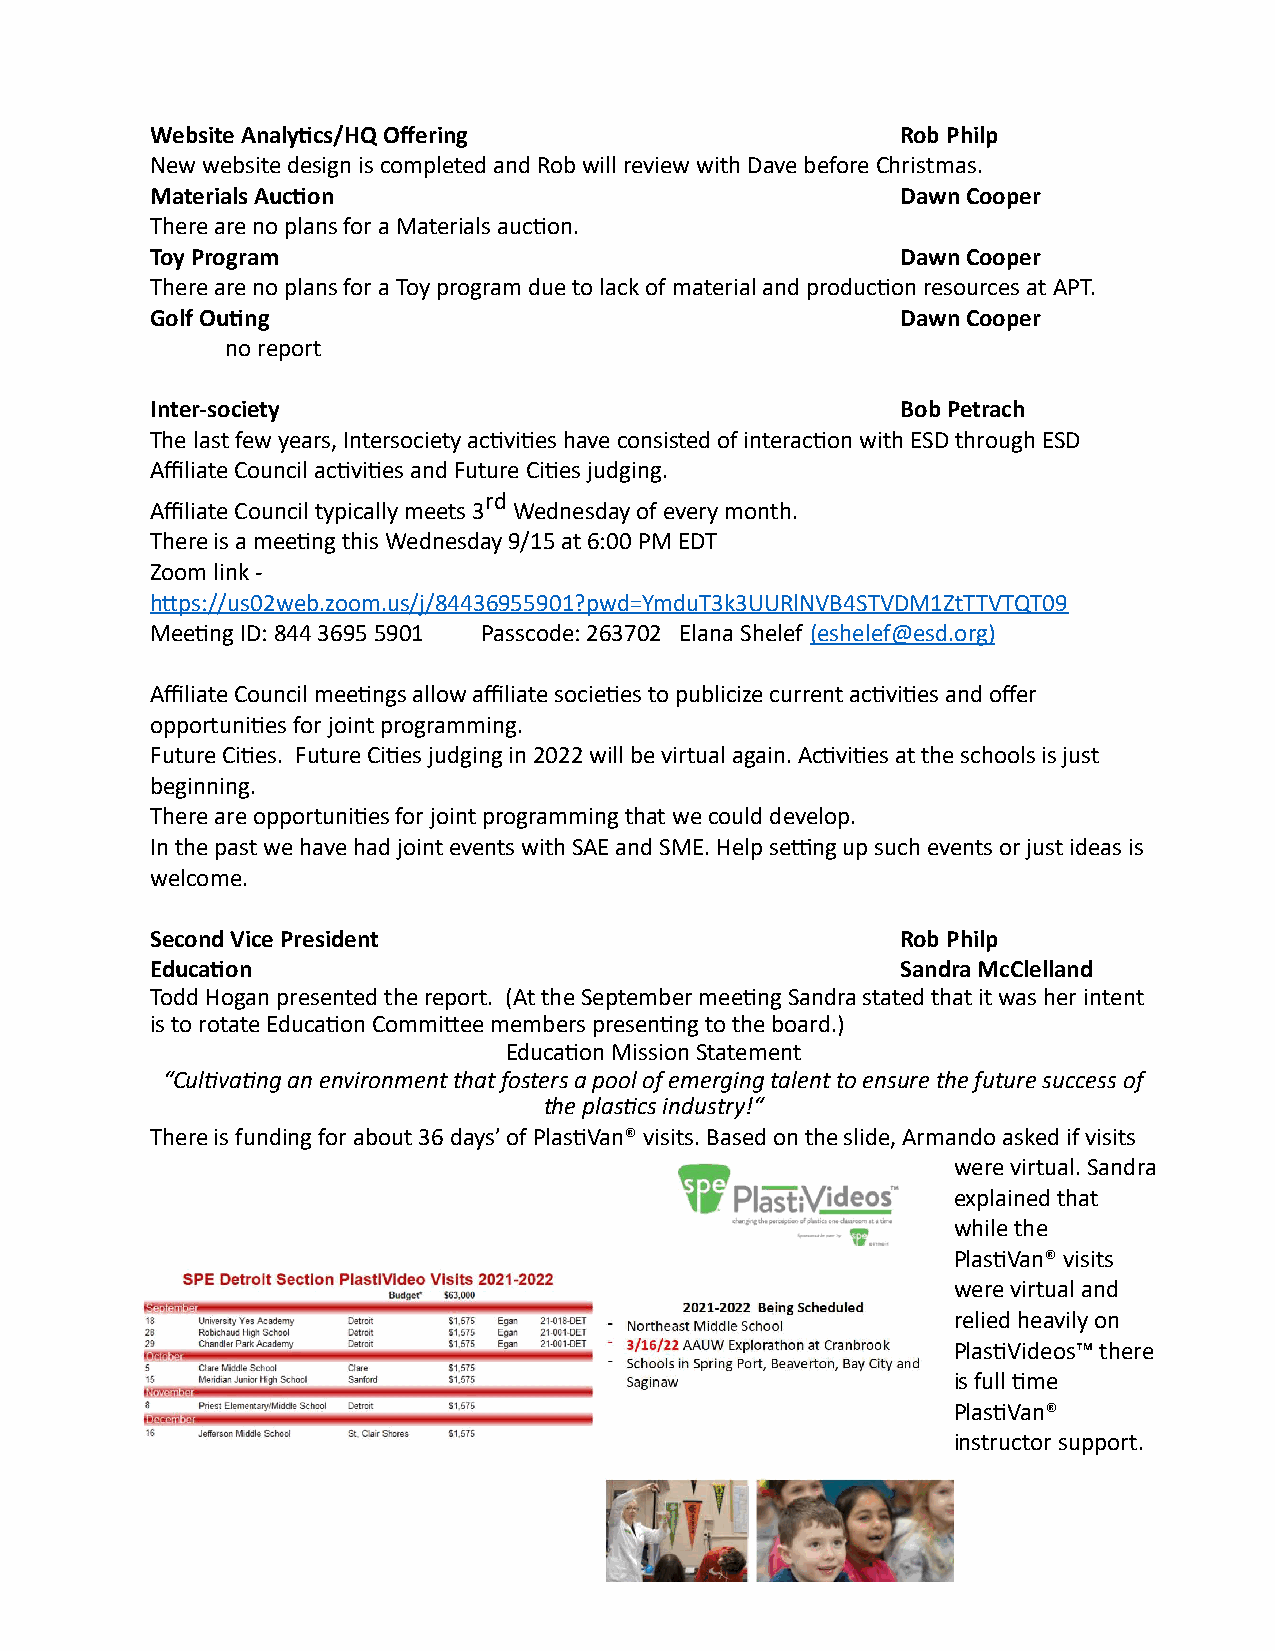
Website Analytics/HQ Offering                     Rob Philp
 New website design is completed and Rob will review with Dave before Christmas.
 Materials Auction                                 Dawn Cooper
 There are no plans for a Materials auction.
 Toy Program                                       Dawn Cooper
 There are no plans for a Toy program due to lack of material and production resources at APT.
 Golf Outing                                       Dawn Cooper
 no report
 Inter-society                                     Bob Petrach
 The last few years, Intersociety activities have consisted of interaction with ESD through ESD
 Affiliate Council activities and Future Cities judging.
 rd
 Affiliate Council typically meets 3 Wednesday of every month.
 There is a meeting this Wednesday 9/15 at 6:00 PM EDT
 Zoom link -
 https://us02web.zoom.us/j/84436955901?pwd=YmduT3k3UURlNVB4STVDM1ZtTTVTQT09
 Meeting ID: 844 3695 5901 Passcode: 263702 Elana Shelef (eshelef@esd.org)
 Affiliate Council meetings allow affiliate societies to publicize current activities and offer
 opportunities for joint programming.
 Future Cities. Future Cities judging in 2022 will be virtual again. Activities at the schools is just
 beginning.
 There are opportunities for joint programming that we could develop.
 In the past we have had joint events with SAE and SME. Help setting up such events or just ideas is
 welcome.
 Second Vice President                             Rob Philp
 Education                                         Sandra McClelland
 Todd Hogan presented the report. (At the September meeting Sandra stated that it was her intent
 is to rotate Education Committee members presenting to the board.)
 Education Mission Statement
 “Cultivating an environment that fosters a pool of emerging talent to ensure the future success of
 the plastics industry!“
 There is funding for about 36 days’ of PlastiVan® visits. Based on the slide, Armando asked if visits
 were virtual. Sandra
 explained that
 while the
 PlastiVan® visits
 were virtual and
 relied heavily on
 PlastiVideos™ there
 is full time
 PlastiVan®
 instructor support.